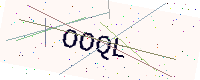
Text: OOQL